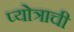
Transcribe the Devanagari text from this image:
प्योत्राची